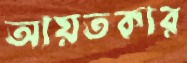
আয়তকার